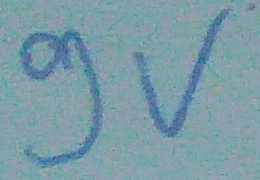
Text: 9V